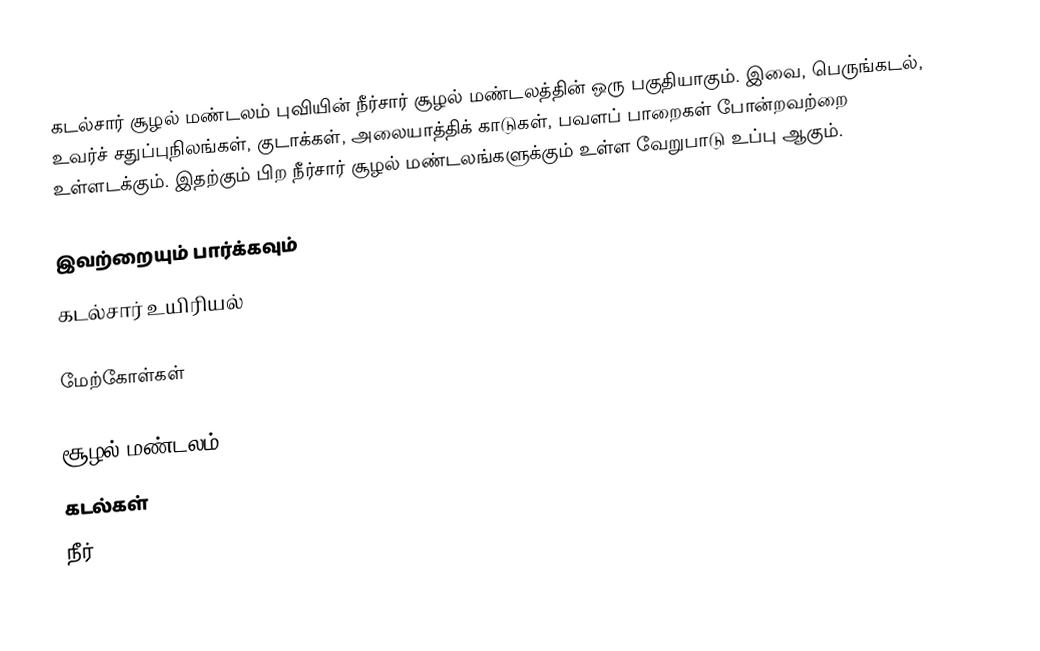
கடல்சார் சூழல் மண்டலம் புவியின் நீர்சார் சூழல் மண்டலத்தின் ஒரு பகுதியாகும். இவை, பெருங்கடல், உவர்ச் சதுப்புநிலங்கள், குடாக்கள், அலையாத்திக் காடுகள், பவளப் பாறைகள் போன்றவற்றை உள்ளடக்கும். இதற்கும் பிற நீர்சார் சூழல் மண்டலங்களுக்கும் உள்ள வேறுபாடு உப்பு ஆகும்.

இவற்றையும் பார்க்கவும்
 கடல்சார் உயிரியல்

மேற்கோள்கள்

சூழல் மண்டலம்
கடல்கள்
நீர்